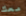
معك